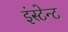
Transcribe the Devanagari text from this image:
इंस्टेन्ट